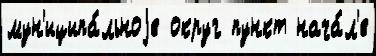
мун'иципа́льноjе округ пункт нача́л'е